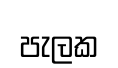
පැලක